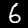
Label: 6